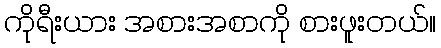
ကိုရီးယား အစားအစာကို စားဖူးတယ်။